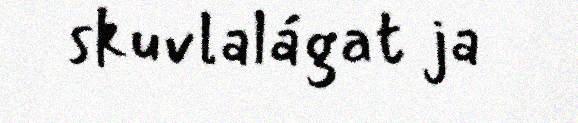
skuvlalágat ja